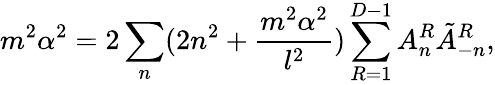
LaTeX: m^{2}\alpha^{2}=2\sum_{n}(2n^{2}+\frac{m^{2}\alpha^{2}}{l^{2}})\sum_{R=1}^{D-1}A_{n}^{R}\tilde{A}_{-n}^{R},